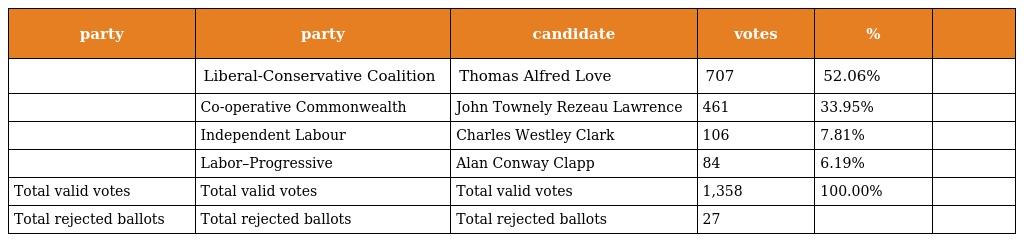
| party | party | candidate | votes | % |  |
 | --- | --- | --- | --- | --- | --- |
 |  | Liberal-Conservative Coalition | Thomas Alfred Love | 707 | 52.06% |  |
 |  | Co-operative Commonwealth | John Townely Rezeau Lawrence | 461 | 33.95% |  |
 |  | Independent Labour | Charles Westley Clark | 106 | 7.81% |  |
 |  | Labor–Progressive | Alan Conway Clapp | 84 | 6.19% |  |
 | Total valid votes | Total valid votes | Total valid votes | 1,358 | 100.00% |  |
 | Total rejected ballots | Total rejected ballots | Total rejected ballots | 27 |  |  |